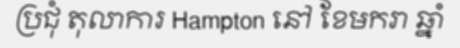
ប្រជុំ តុលាការ Hampton នៅ ខែមករា ឆ្នាំ